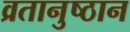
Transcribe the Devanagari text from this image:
व्रतानुष्ठान